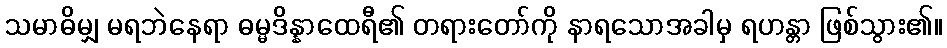
သမာဓိမျှ မရဘဲနေရာ ဓမ္မဒိန္နာထေရီ၏ တရားတော်ကို နာရသောအခါမှ ရဟန္တာ ဖြစ်သွား၏။